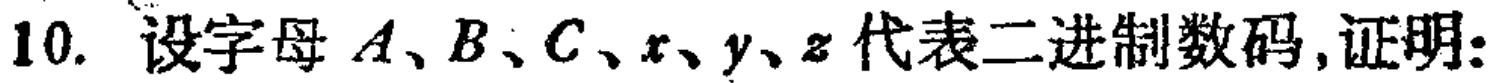
10. 设字母 \(A、B、C、x、y、z\) 代表二进制数码,证明: